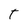
Character: t